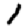
Digit: 1